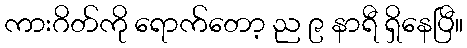
ကားဂိတ်ကို ရောက်တော့ ည ၉ နာရီ ရှိနေပြီ။